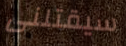
سيقتلنى